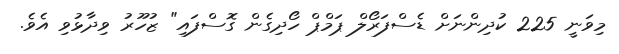
މިވަނީ 225 ކުދިންނަށް ޑެސްފަރޯލް ޕަމްޕް ހޯދިގެން ގޮސްފައި" ޒުހޫރު ވިދާޅުވި އެވެ.